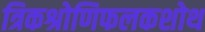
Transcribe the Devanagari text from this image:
त्रिकश्रोणिफलकशोथ